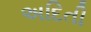
અદિતી